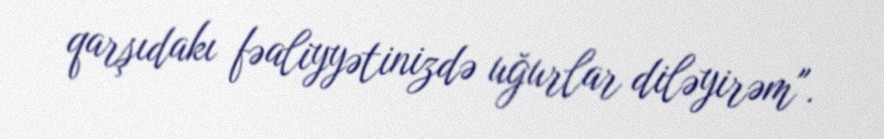
qarşıdakı fəaliyyətinizdə uğurlar diləyirəm".